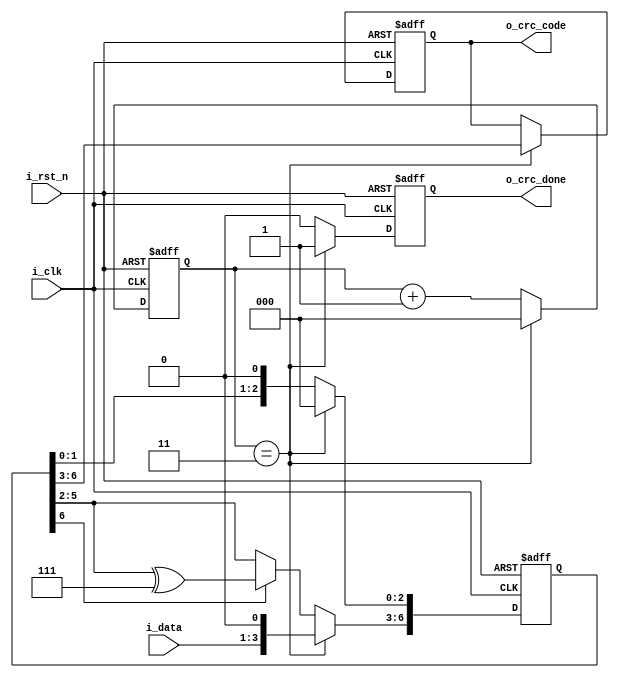
module crc_one(
    input i_rst_n,
    input i_clk,
    
    input [2 : 0] i_data,       //
    output [3 : 0] o_crc_code,  //CRC
    output o_crc_done);      //CRCɱ־Ϊ

    parameter GX = 4'b10111;
    
    reg [7 : 0] r_shift;    //
    reg [2 : 0] r_cnt;
    reg [3 : 0] r_crc_code;
    reg r_crc_done;
    
    assign o_crc_code = r_crc_code;
    assign o_crc_done = r_crc_done;
    
//*********************************PROCESS**************************************
// FUNCTION        :CRC붨CRC
//******************************************************************************     
    always @(negedge i_rst_n, posedge i_clk)
    begin
        if(~i_rst_n)
        begin
            r_shift <= 8'b0;
            r_cnt <= 3'b0;
            r_crc_code <= 4'b0;
            r_crc_done <= 1'b0;
        end
        else
            if(r_cnt == 3'd3)     //CRC
            begin
                r_shift <= {1'b0, i_data, 4'b0};        //װ
                r_cnt <= 3'b0;
                r_crc_code <= r_shift[6 : 3];
                r_crc_done <= 1'b1;
            end
            else
            begin
                if(r_shift[6] == 1'b1)                   //λΪ1
                begin   
                    r_shift[7 : 3] <= r_shift[6 : 2] ^ GX;
                    r_shift[2 : 0] <= {r_shift[1 : 0], 1'b0};
                end
                else
                    r_shift <= {r_shift[6 : 0], 1'b0};
                
                r_cnt <= r_cnt + 3'd1;
                r_crc_done <= 1'b0;
            end
    end
endmodule